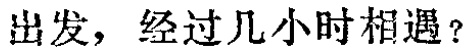
出发，经过几小时相遇？